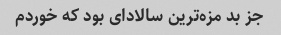
جز بد مزه‌ترین سالادای بود که خوردم